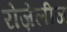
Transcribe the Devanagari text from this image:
रोज़ेलीज